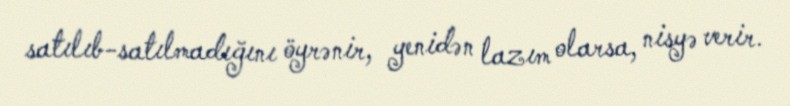
satılıb-satılmadığını öyrənir, yenidən lazım olarsa, nisyə verir.